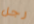
رجل